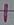
Text: 1